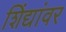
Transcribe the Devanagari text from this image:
शिंद्यांवर